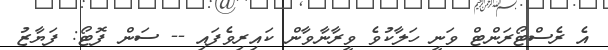
އެ ރެސްޓޯރަންޓް ވަނީ ހަލާކުވެ ވީރާނާވާން ކައިރިވެފައި -- ސަން ފޮޓޯ: ފަޔާޒު